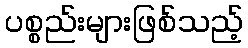
ပစ္စည်းများဖြစ်သည့်